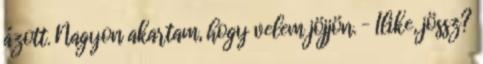
ázott. Nagyon akartam, hogy velem jöjjön. – Ilike, jössz?